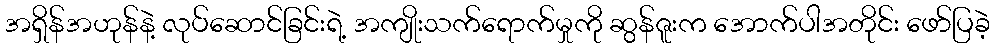
အရှိန်အဟုန်နဲ့ လုပ်ဆောင်ခြင်းရဲ့ အကျိုးသက်ရောက်မှုကို ဆွန်ဇူးက အောက်ပါအတိုင်း ဖော်ပြခဲ့